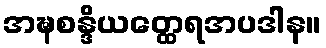
အဍ္ဎစန္ဒိယတ္ထေရအပဒါန။